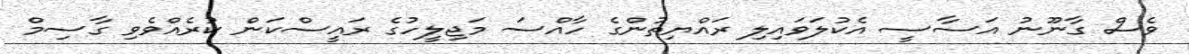
ވެސް ގާނޫނު އަސާސީ އެކުލަވައިލި ރައްޔިތުންގެ ހާއްސަ މަޖިލީހުގެ ރައީސްކަން ކުރެއްވެވި ގާސިމް